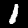
Digit: 1